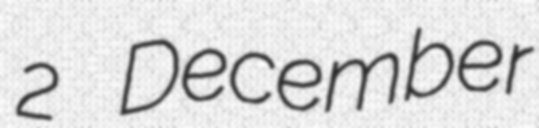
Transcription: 2 December